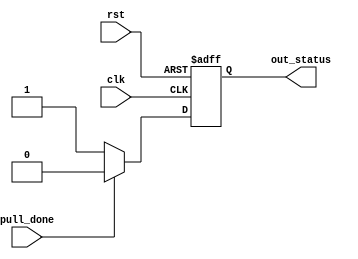
`timescale 1ns / 1ps
//**********************************************************************
// Module:button_rst
// by Robin zhang 
//**********************************************************************
module button_rst(
 rst,clk,pull_done,out_status
);

input rst;
input clk;
input pull_done;

output out_status;
reg out_status;

always@(posedge clk or negedge rst)begin
	if(!rst)
		out_status <= 1'b1;
	else begin
		out_status <= pull_done ? 1'b0 : 1'b1;
	end
end


endmodule